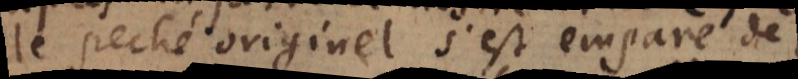
le peché originel s’est emparé de